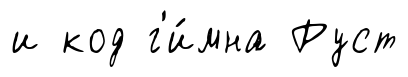
и код г'и́мна Руст